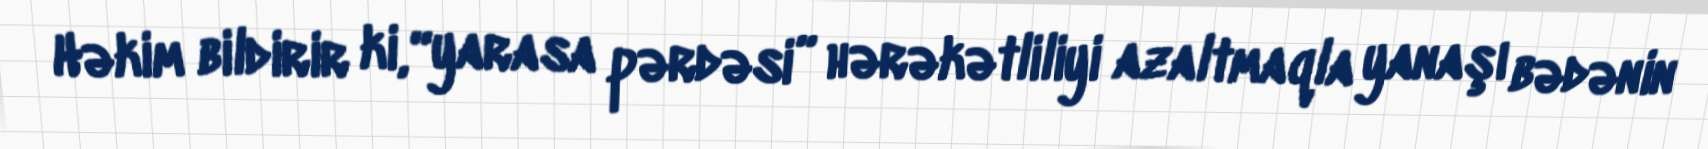
Həkim bildirir ki, “yarasa pərdəsi” hərəkətliliyi azaltmaqla yanaşı bədənin